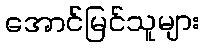
အောင်မြင်သူများ